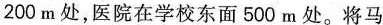
200m处，医院在学校东面500m处。将马